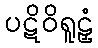
ပဋိဝိရူဠှံ